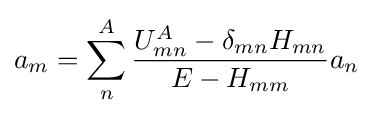
a_{m}=\sum _{n}^{A}{\frac {U_{mn}^{A}-\delta _{mn}H_{mn}}{E-H_{mm}}}a_{n}